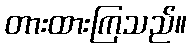
တားထားကြသည်။